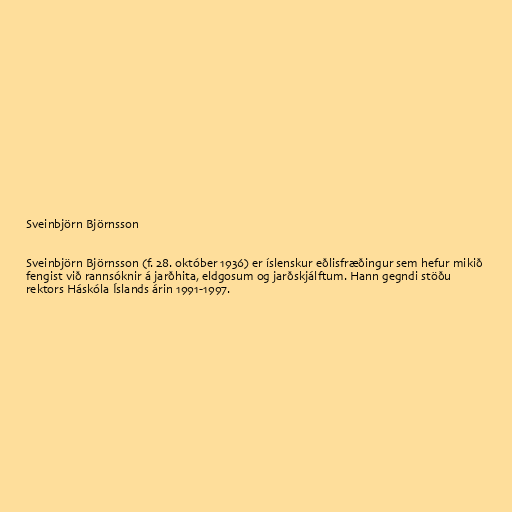
Sveinbjörn Björnsson

Sveinbjörn Björnsson (f. 28. október 1936) er íslenskur eðlisfræðingur sem hefur mikið
fengist við rannsóknir á jarðhita, eldgosum og jarðskjálftum. Hann gegndi stöðu
rektors Háskóla Íslands árin 1991-1997.